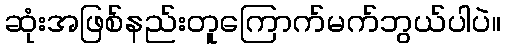
ဆုံးအဖြစ်နည်းတူကြောက်မက်ဘွယ်ပါပဲ။